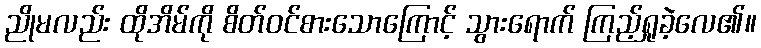
ညိုမလည်း ထိုအိမ်ကို စိတ်ဝင်စားသောကြောင့် သွားရောက် ကြည့်ရှုခဲ့လေ၏။